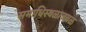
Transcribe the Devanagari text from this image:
समाधिस्थळाजवळ